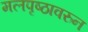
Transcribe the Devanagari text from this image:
मलपृष्ठावरुन